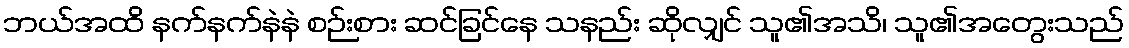
ဘယ်အထိ နက်နက်နဲနဲ စဉ်းစား ဆင်ခြင်နေ သနည်း ဆိုလျှင် သူ၏အသိ၊ သူ၏အတွေးသည်